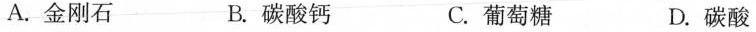
A.金刚石 B.碳酸钙 C.葡萄糖 D.碳酸